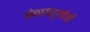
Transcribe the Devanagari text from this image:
संग्रामदुर्गाची